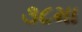
૩૮મા